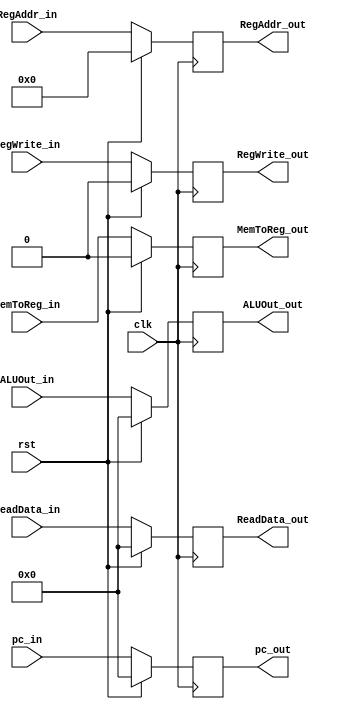
`timescale 1ns / 1ps

module StageW(
    input clk,
    input rst, // ! Sync reset
    input RegWrite_in,
    input MemToReg_in,
    input [31:0] ALUOut_in,
    input [31:0] ReadData_in,
    input [4:0] RegAddr_in,
    input [31:0] pc_in,
    output reg RegWrite_out,
    output reg MemToReg_out,
    output reg [31:0] ALUOut_out,
    output reg [31:0] ReadData_out,
    output reg [4:0] RegAddr_out,
    output reg [31:0] pc_out
    );

    always@(posedge clk) begin
        if(rst) begin
            RegWrite_out <= 0;
            MemToReg_out <= 0;
            ALUOut_out <= 0;
            ReadData_out <= 0;
            RegAddr_out <= 0;
            pc_out <= 0;
        end else begin
            RegWrite_out <= RegWrite_in;
            MemToReg_out <= MemToReg_in;
            ALUOut_out <= ALUOut_in;
            ReadData_out <= ReadData_in;
            RegAddr_out <= RegAddr_in;
            pc_out <= pc_in;
        end
    end

endmodule